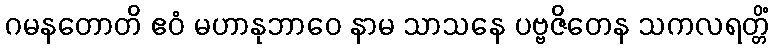
ဂမနတောတိ ဧဝံ မဟာနုဘာဝေ နာမ သာသနေ ပဗ္ဗဇိတေန သကလရတ္တိံ